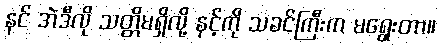
နင် အဲဒီလို သတ္တိမရှိလို့ နင့်ကို သခင်ကြီးက မရွေးတာ။